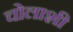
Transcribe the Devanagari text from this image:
चोलाशी